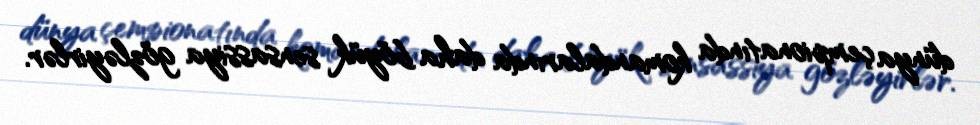
dünya çempionatında komandalarında daha böyük sensassiya gözləyirlər.